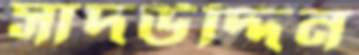
সাদউদ্দিন